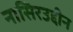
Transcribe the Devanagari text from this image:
नासिरउद्दीन